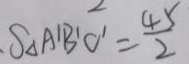
S _ { \Delta A ^ { \prime } B ^ { \prime } C ^ { \prime } } = \frac { 4 5 } { 2 }